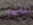
أقدر